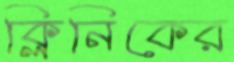
ক্লিনিকের